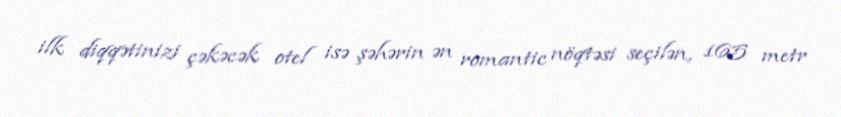
ilk diqqətinizi çəkəcək otel isə şəhərin ən romantic nöqtəsi seçilən, 165 metr